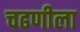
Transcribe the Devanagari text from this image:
चढणीला